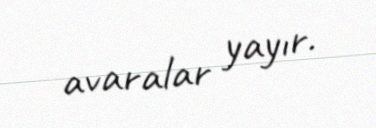
avaralar yayır.